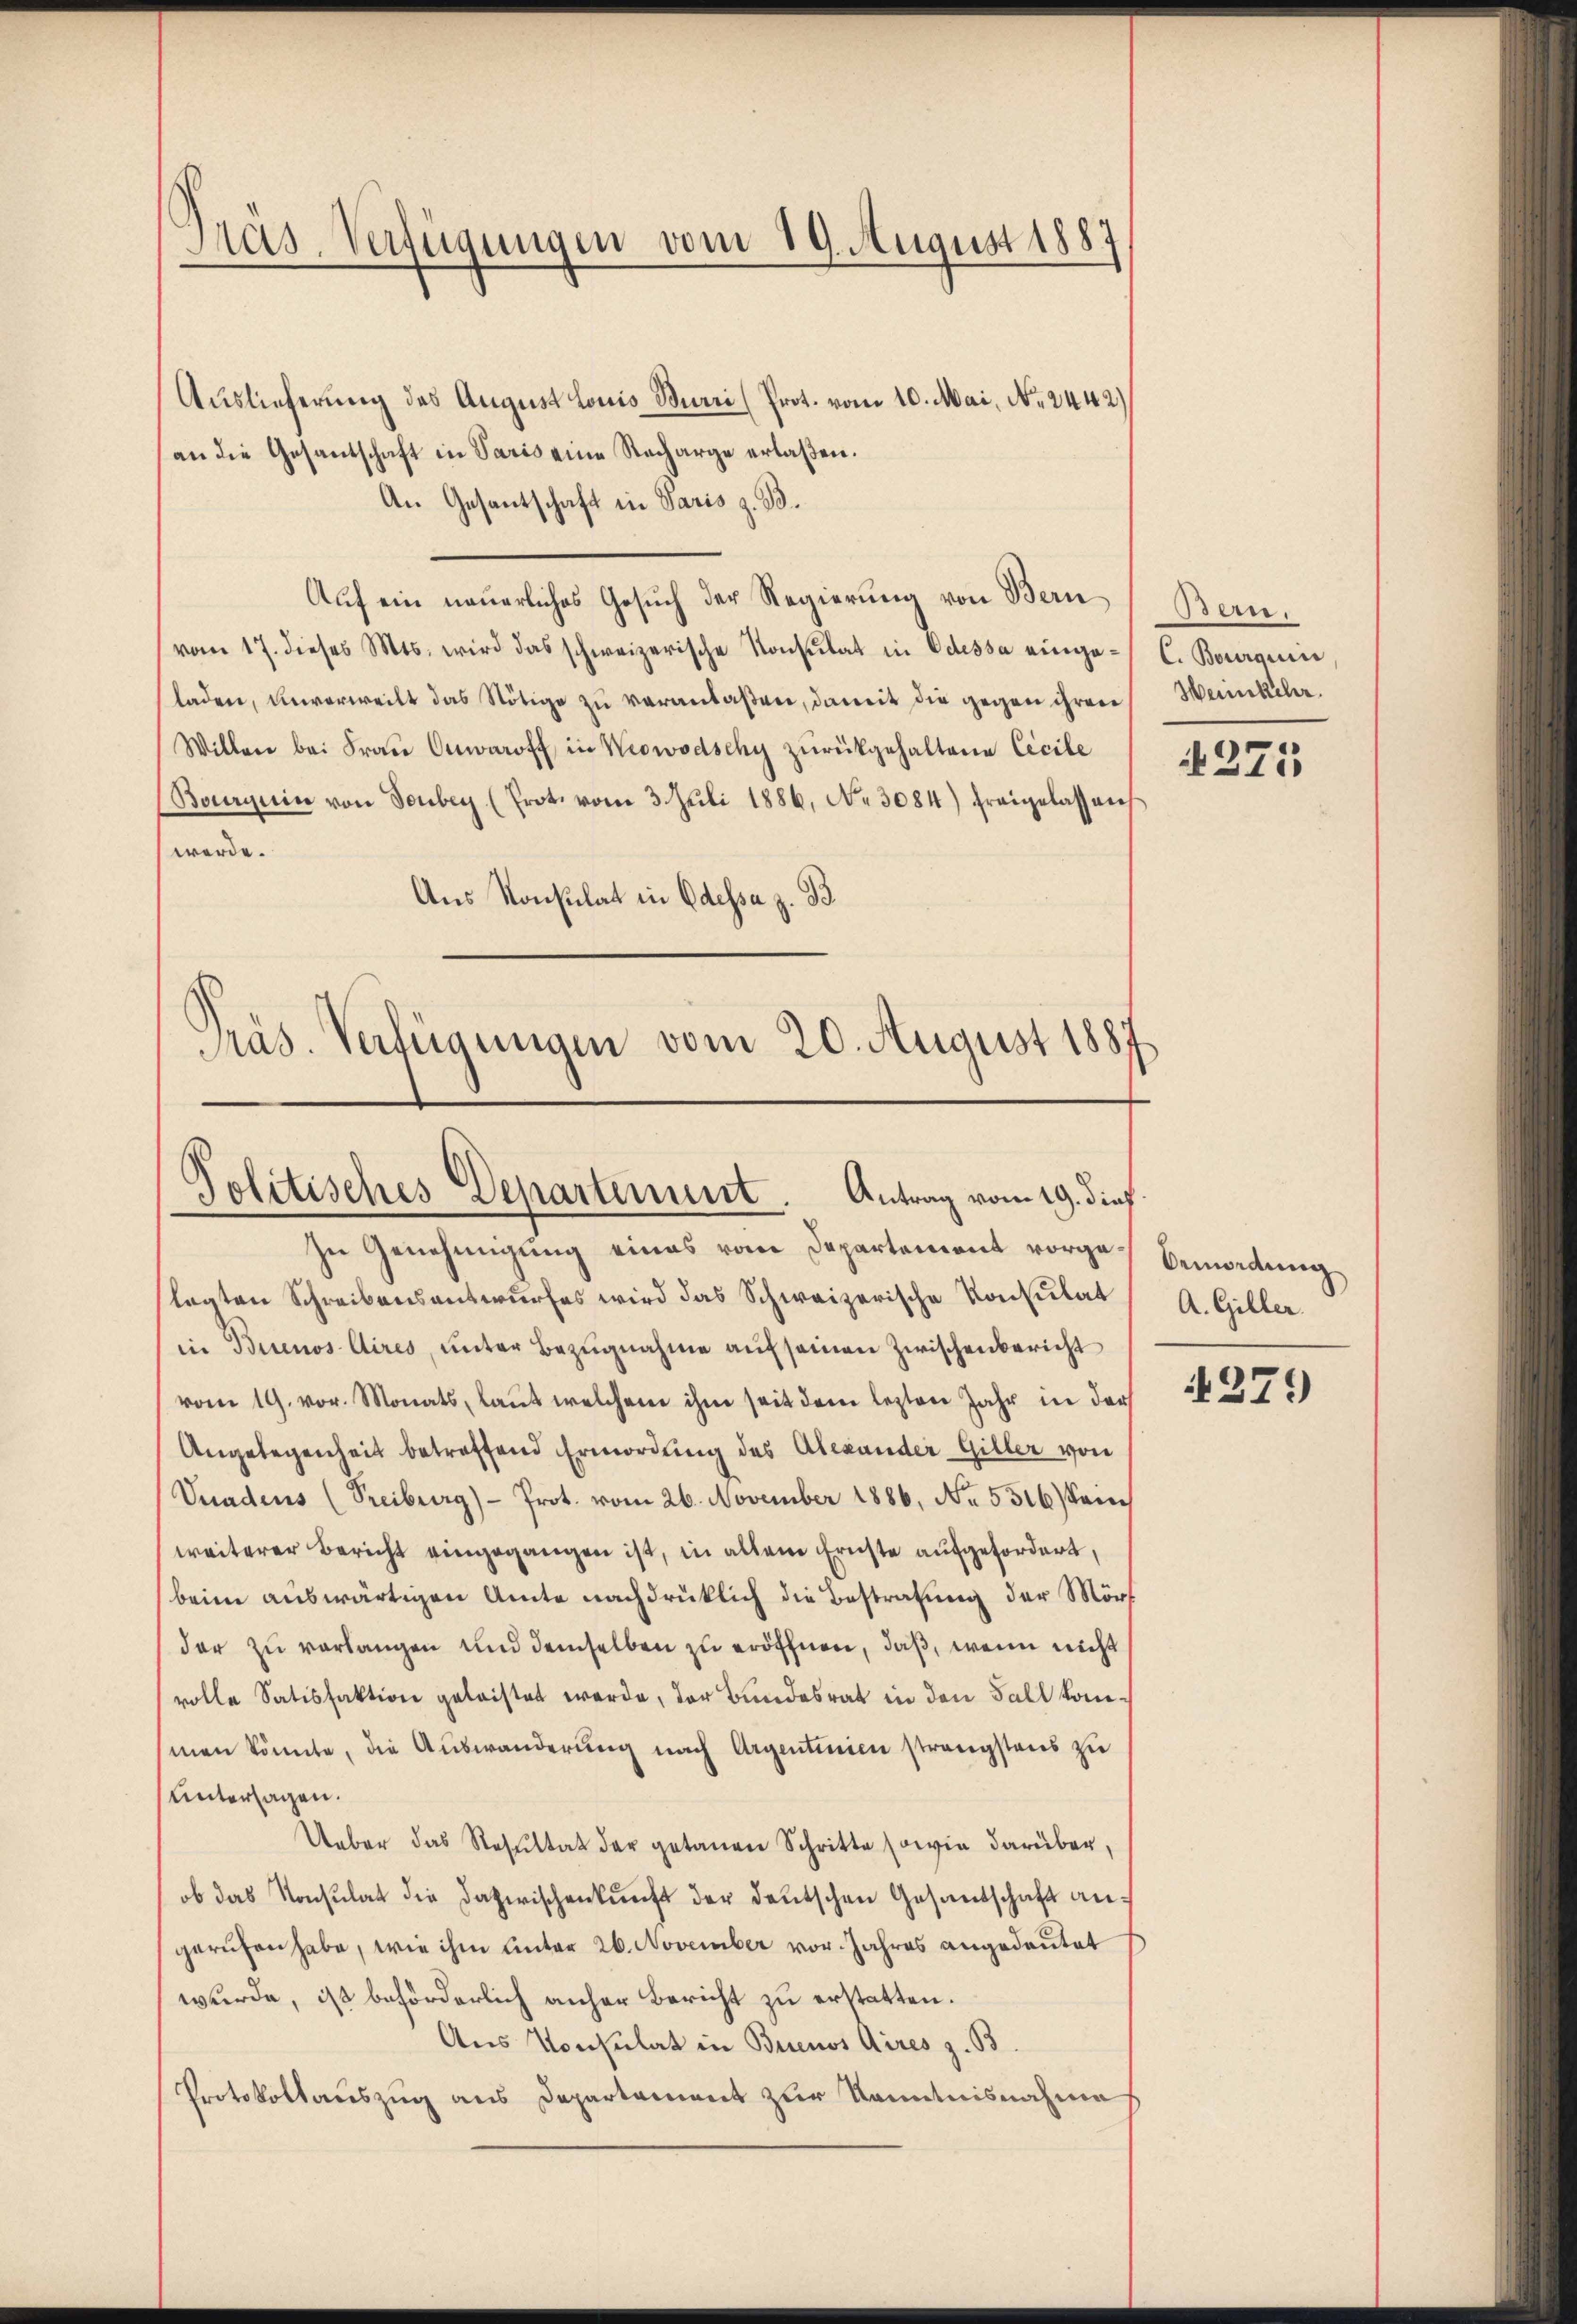
Mas-Verfügungen vom 19. August 1887

Auslieferung des August Louis Burri (Prot. vom 10. Mai, No. 2442)
an die Gesantschaft in Paris eine Nacharge erlaßen.
An Gesantschaft in Paris z. B.
Auf ein neuerliches Gesuch der Regierung von Bern
vom 17. dieses Mts. wird das schweizerische Konsulat in Odessa eingeladen, unverweilt das Nötige zu veranlaßen, damit die gegen ihren
Willen bei Frau Omaroff in Krowodschy zurückgehaltene Cicile
Bourquin von Sonbey (Prot. vom 3. Juli 1886, No. 3084) freigelassen
werde.
Aus Konsulat in Odessa z. B
Präs. Verfügungen vom 20. August 1887

Politisches Departement. Antrag vom 19. dieß

zu Genehmigung eines vom Departement vorgelagten Schreibensantwurfes wird das Schweizerische Konsulat
in Buenos Aires, unter Bezugnahme auf seinen Zwischenbericht
vom 19. vor. Monats, laŭt welchen ihm seit dem lezten Jahr in der
Angelegenheit betreffend Ermordung des Alexander Giller von
Vnadens (Freiburg)- Prot. vom 26. November 1886, No. 5316/m
weiterer Bericht eingegangen ist, in allem Ernste aufgefordert,
beim auswärtigen Amte nachdrüklich die Bestrafung der Mörf
dar zu verlangen und demselben zu eröffnen, daß, wenn nicht
volle Satisfaktion geleistet werde, der Bundesrat in den Fall kommen könnte, die Auswanderung nach Argentinien strengstens zu
Untersagen.
Ueber das Resŭltat der getanen Schritte sowie darüber,
ob das Konsulat die Dazwischenkunft der deutschen Gesandschaft angerufen habe, wie ihm unter 26. November vor. Jahres angedeutet
wurde, ist beförderlich anher Bericht zu erstatten.
Aus Konsulat in Buenos Aires z. B.
Protokollauszug aus Departament zur Kenntnisnahme

Bern.
C. Bourqui
Heimkehr.

§271

Ormordung
A. Giller.

4279